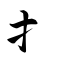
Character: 扌